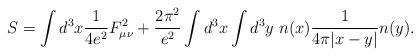
LaTeX: \begin{align*}S=\int d^3x\frac{1}{4e^2}F_{\mu\nu}^2+\frac{2\pi^2}{e^2}\int d^3x\int d^3y~ n(x)\frac{1}{4\pi|x-y|}n(y).\end{align*}